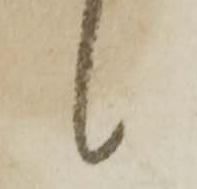
々